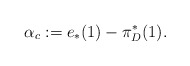
\begin{align*}\alpha_c:=e_*(1)-\pi^{*}_D(1).\end{align*}